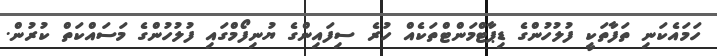
ހަމައެކަނި ތަފާތަކީ ފުލުހުންގެ ޑިޕާޓްމަންޓްތަކެއް ހުރެ ސިފައިންގެ ޔުނިފޯމްގައި ފުލުހުންގެ މަސައްކަތް ކުރުން.